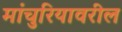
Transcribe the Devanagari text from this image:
मांचुरियावरील